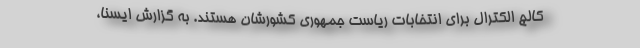
کالج الکترال برای انتخابات ریاست جمهوری کشورشان هستند. به گزارش ایسنا،